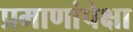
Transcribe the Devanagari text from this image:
प्रमाणांपेक्षा